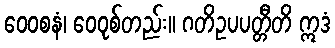
ဝေဝစနံ၊ ဝေဝုစ်တည်း။ ဂတိဥပပတ္တီတိ ဣဒံ